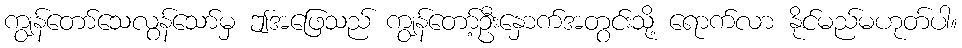
ကျွန်တော်သေလွန်သော်မှ ဤအဖြေသည် ကျွန်တော့်ဦးနှောက်အတွင်းသို့ ရောက်လာ နိုင်မည်မဟုတ်ပါ။